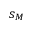
s _ { M }